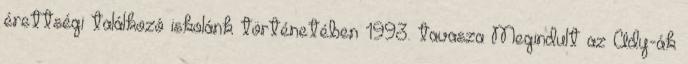
érettségi találkozó iskolánk történetében 1993. tavasza Megindult az Ady-ák